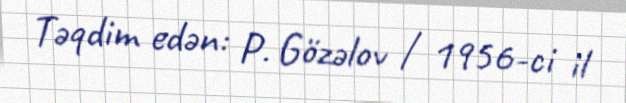
Təqdim edən: P. Gözəlov / 1956-ci il